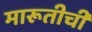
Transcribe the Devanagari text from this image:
मारूतीची